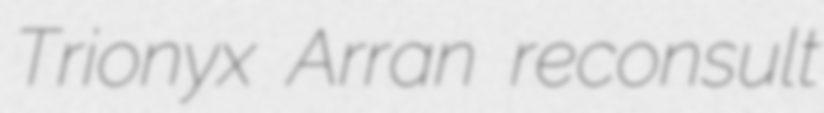
Trionyx Arran reconsult